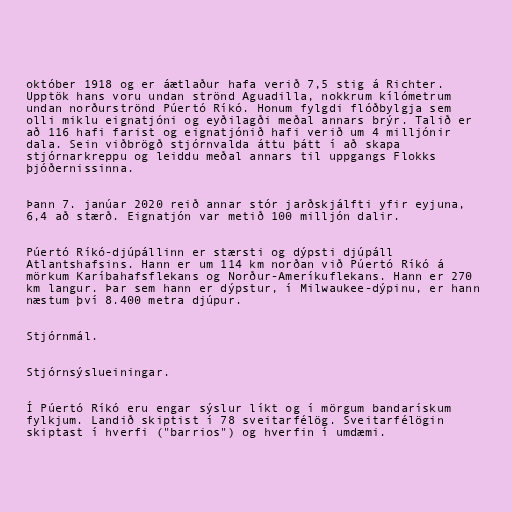
október 1918 og er áætlaður hafa verið 7,5 stig á Richter.
Upptök hans voru undan strönd Aguadilla, nokkrum kílómetrum
undan norðurströnd Púertó Ríkó. Honum fylgdi flóðbylgja sem
olli miklu eignatjóni og eyðilagði meðal annars brýr. Talið er
að 116 hafi farist og eignatjónið hafi verið um 4 milljónir
dala. Sein viðbrögð stjórnvalda áttu þátt í að skapa
stjórnarkreppu og leiddu meðal annars til uppgangs Flokks
þjóðernissinna.

Þann 7. janúar 2020 reið annar stór jarðskjálfti yfir eyjuna,
6,4 að stærð. Eignatjón var metið 100 milljón dalir.

Púertó Ríkó-djúpállinn er stærsti og dýpsti djúpáll
Atlantshafsins. Hann er um 114 km norðan við Púertó Ríkó á
mörkum Karíbahafsflekans og Norður-Ameríkuflekans. Hann er 270
km langur. Þar sem hann er dýpstur, í Milwaukee-dýpinu, er hann
næstum því 8.400 metra djúpur.

Stjórnmál.

Stjórnsýslueiningar.

Í Púertó Ríkó eru engar sýslur líkt og í mörgum bandarískum
fylkjum. Landið skiptist í 78 sveitarfélög. Sveitarfélögin
skiptast í hverfi ("barrios") og hverfin í umdæmi.